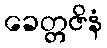
ခေတ္တဇိနံ